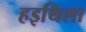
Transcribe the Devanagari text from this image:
हइथिला